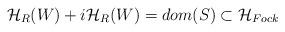
LaTeX: \begin{align*}{\cal H}_{R}(W)+i{\cal H}_{R}(W)=dom(S)\subset {\cal H}_{Fock}\end{align*}